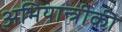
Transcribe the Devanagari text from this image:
अभियान्त्रीकी